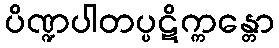
ပိဏ္ဍပါတပ္ပဋိက္ကန္တော